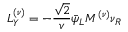
{ \cal L } _ { Y } ^ { ( \nu ) } = - \frac { \sqrt { 2 } } { v } \bar { \psi } _ { L } M ^ { ( \nu ) } \nu _ { R }